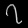
Digit: ၇